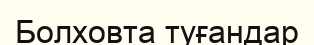
Болховта туғандар